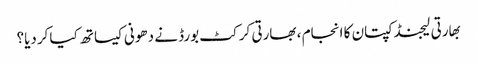
بهارتی لیجنڈ کپتان کا انجام ، بھارتی کرکٹ بورڈ نے دھونی کیساتھ کیا کردیا؟